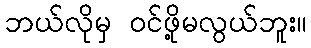
ဘယ်လိုမှ ဝင်ဖို့မလွယ်ဘူး။